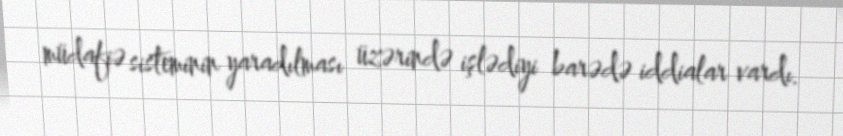
müdafiə sisteminin yaradılması üzərində işlədiyi barədə iddialar vardı.